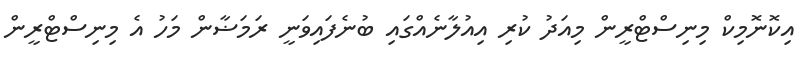
އިކޮނޮމިކް މިނިސްޓްރީން މިއަދު ކުރި އިއުލާނެއްގައި ބުނެފައިވަނީ ރަމަޟާން މަހު އެ މިނިސްޓްރީން